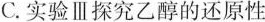
C.实验Ⅲ探究乙醇的还原性